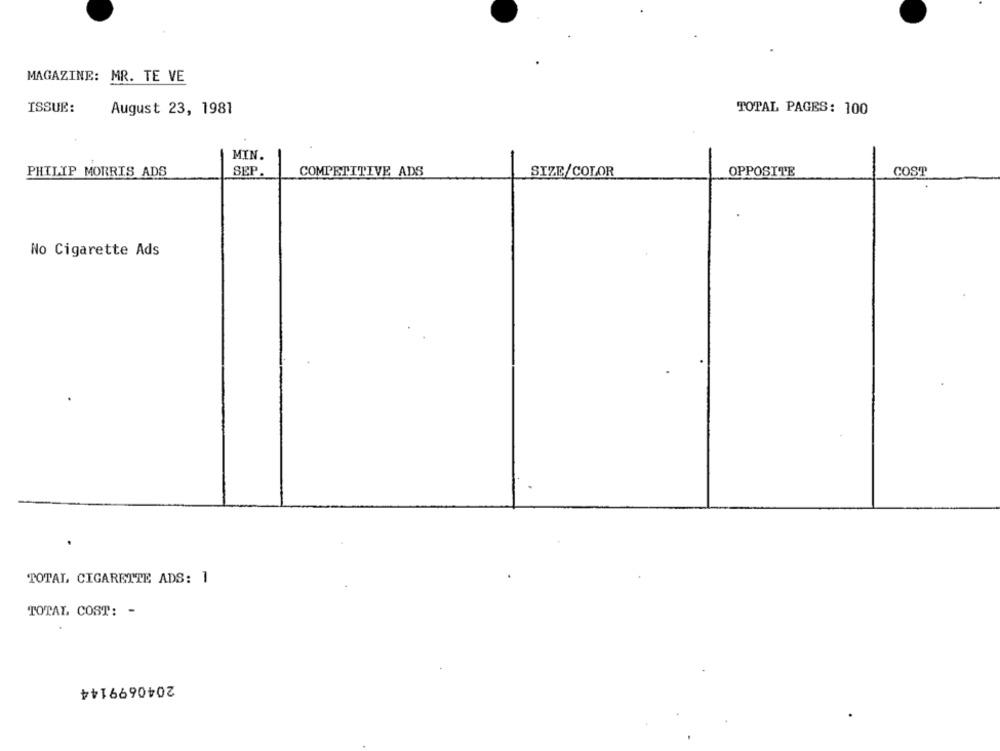
MAGAZINE: MR. TE VE
ISSUE:
August 23, 1981
TOTAL PAGES: 100
MIN.
PHILIP MORRIS ADS
SEP.
COMPETITIVE ADS
OPPOSITE
COST
SIZE/COLOR
No Cigarette Ads
TOTAL CIGARETTE ADS: 1
TOTAL COST: -
2040699144